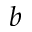
b